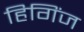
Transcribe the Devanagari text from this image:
हिगिंज